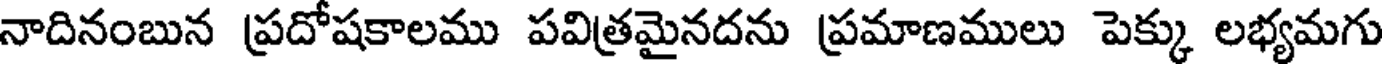
నాదినంబున ప్రదోషకాలము పవిత్రమైనదను ప్రమాణములు పెక్కు లభ్యమగు